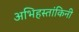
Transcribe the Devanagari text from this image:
अभिहस्तांकिनी